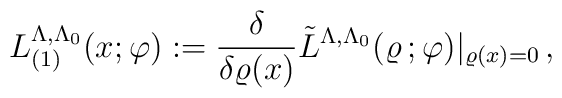
L_{(1)}^{\Lambda, \Lambda_0}(x ;\varphi ) := \frac{\delta }{\delta \varrho (x)} \tilde{L}^{\Lambda ,\Lambda _0}(\varrho \, ;\varphi ) |_{\varrho (x) = 0 }   \,  ,